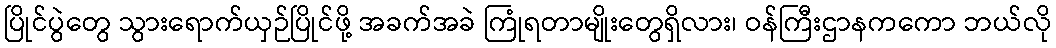
ပြိုင်ပွဲတွေ သွားရောက်ယှဉ်ပြိုင်ဖို့ အခက်အခဲ ကြုံရတာမျိုးတွေရှိလား၊ ဝန်ကြီးဌာနကကော ဘယ်လို